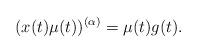
LaTeX: \begin{align*}(x(t)\mu(t))^{(\alpha)}=\mu(t)g(t).\end{align*}